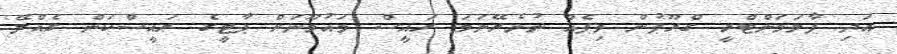
އަދި ޕާލަމަންޓްރީ ގްރޫޕުން ވިޕެއް ނުނެރޭނަމަ ރައީސް މައުމޫނަށް ޕާޓީގެ ރައީސްކަން ގެއްލޭ